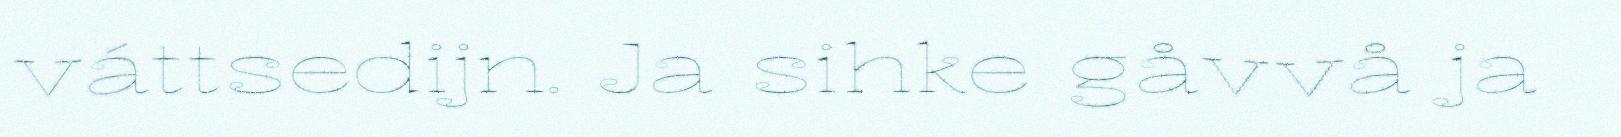
váttsedijn. Ja sihke gåvvå ja